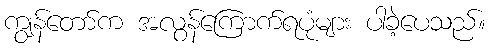
ကျွန်တော်က အလွန်ကြောက်ရပုံများ ပါခဲ့ပေသည်။